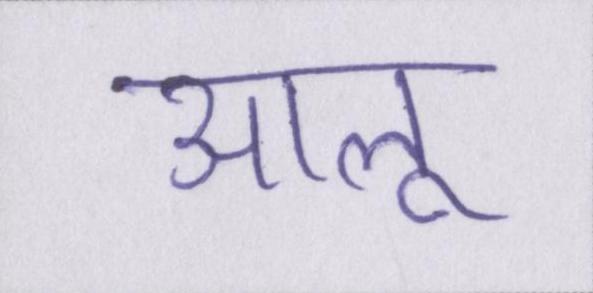
आलू